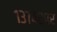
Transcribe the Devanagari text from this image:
१३७४०पर